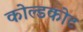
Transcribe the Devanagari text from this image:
कोल्डकोट